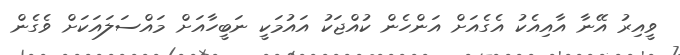
ވީއިރު އޭނާ އާއިއެކު އެގެއަށް އަންހެން ކުއްޖަކު އައުމަކީ ނަބީހާއަށް މައްސަލައަކަށް ވެގެން